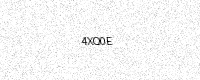
Text: 4XQ0E